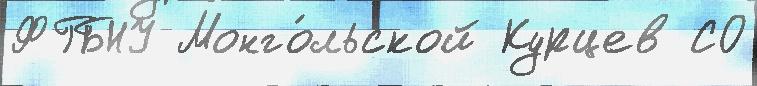
ФГБНУ Монго́льской Курцев СО